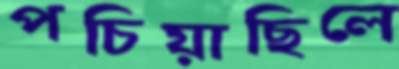
পচিয়াছিলে